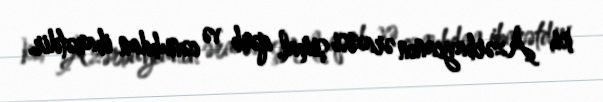
ki, Azərbaycanın ərazisi şimal, qərb və cənubdan ibarətdir.